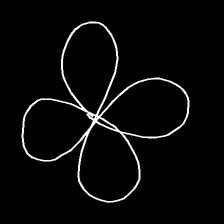
Glyph: billowing